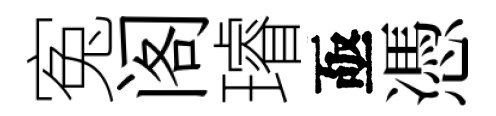
寃阁璿亟憑